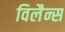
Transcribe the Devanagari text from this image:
विलैन्स